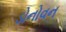
ડોનોવન